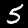
Label: 5